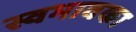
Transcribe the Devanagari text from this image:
स्वभावका